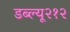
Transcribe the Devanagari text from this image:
डब्ल्यू२१२